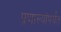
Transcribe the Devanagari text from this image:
प्रणाल्यांपर्यंत